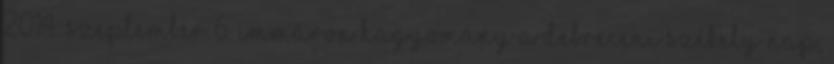
2014. szeptember 6. Immáron hagyomány a Debreceni Székely Nap,